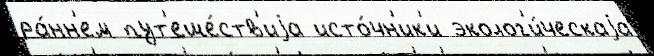
ра́нн'ем пут'еше́ств'иjа исто́чн'ик'и эколог'и́ческаjа